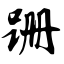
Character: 跚